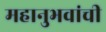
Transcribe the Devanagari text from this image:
महानुभवांची